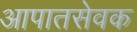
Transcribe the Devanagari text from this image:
आपातसेवक